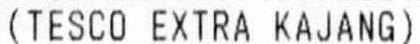
(TESCO EXTRA KAJANG)